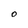
Character: O